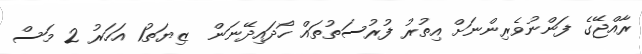
ރާއްޖޭގެ ފަންނުވެރިންނަށް އިތުރު ފުރުސަތުތައް ހޯދައިދޭނަން  ޒިޔަތު1 އަހަރު 2 މަސް